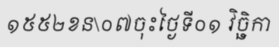
១៥៥២ខន\០៧ចុះថ្ងៃទី០១ វិច្ឆិកា